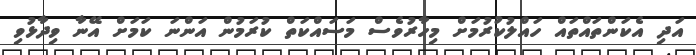
އަދި އެކަންތައްތައް ހައްލުކުރުމަށް މިހާރުވެސް މަސައްކަތް ކުރަމުން އަންނަ ކަމަށް އޭނާ ވިދާޅުވި